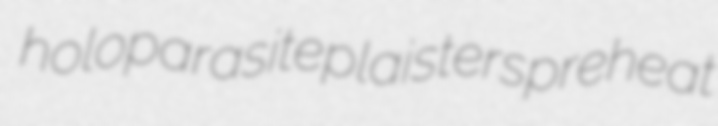
holoparasite plaisters preheat